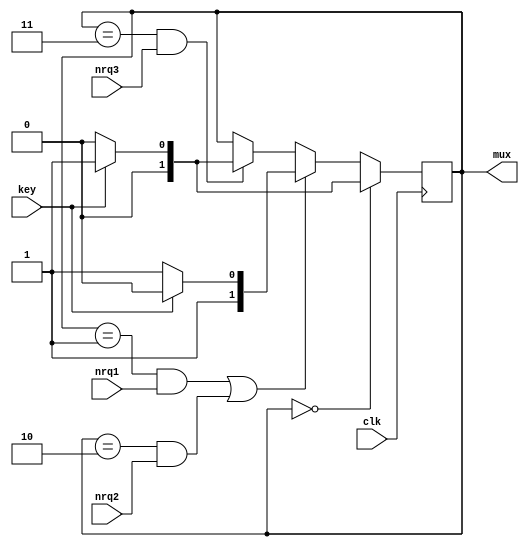
module ToneSequencer(input clk, input key, input nrq1, input nrq2, input nrq3, output [1:0] mux);
    reg [1:0] count;
    always @(posedge clk)
    begin
        if (count == 0)
            begin
                count <= key ? 1 : 0;
            end
        else if ((count == 1 && nrq1) || (count == 2 && nrq2))
            begin
                count <= key ? 2 : 3;
            end
        else if (count == 3 && nrq3)
            begin
                count <= key ? 1 : 0;
            end
    end
    assign mux = count;
endmodule